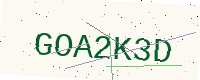
Text: GOA2K3D